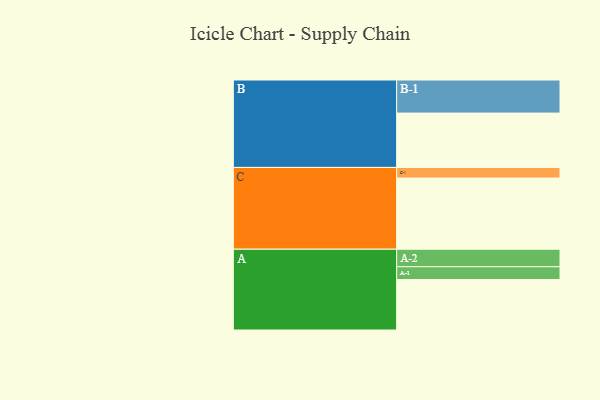
{"axis": {"x": "Segment", "y": "Value"}, "legend": ["", "A", "B", "C"], "data": [{"x": "A", "y": 395, "type": ""}, {"x": "B", "y": 425, "type": ""}, {"x": "C", "y": 557, "type": ""}, {"x": "A-1", "y": 100, "type": "A"}, {"x": "A-2", "y": 137, "type": "A"}, {"x": "B-1", "y": 259, "type": "B"}, {"x": "C-1", "y": 83, "type": "C"}]}